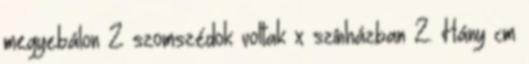
megyebálon 2 szomszédok voltak x színházban 2. Hány cm